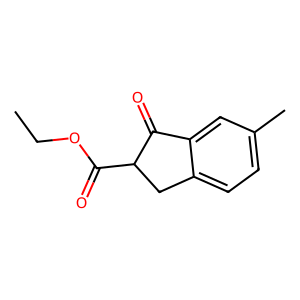
SMILES: CCOC(=O)C1Cc2ccc(C)cc2C1=O
Inhibits HIV replication: No